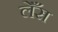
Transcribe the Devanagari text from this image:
लेँस